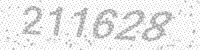
Solution: 211628